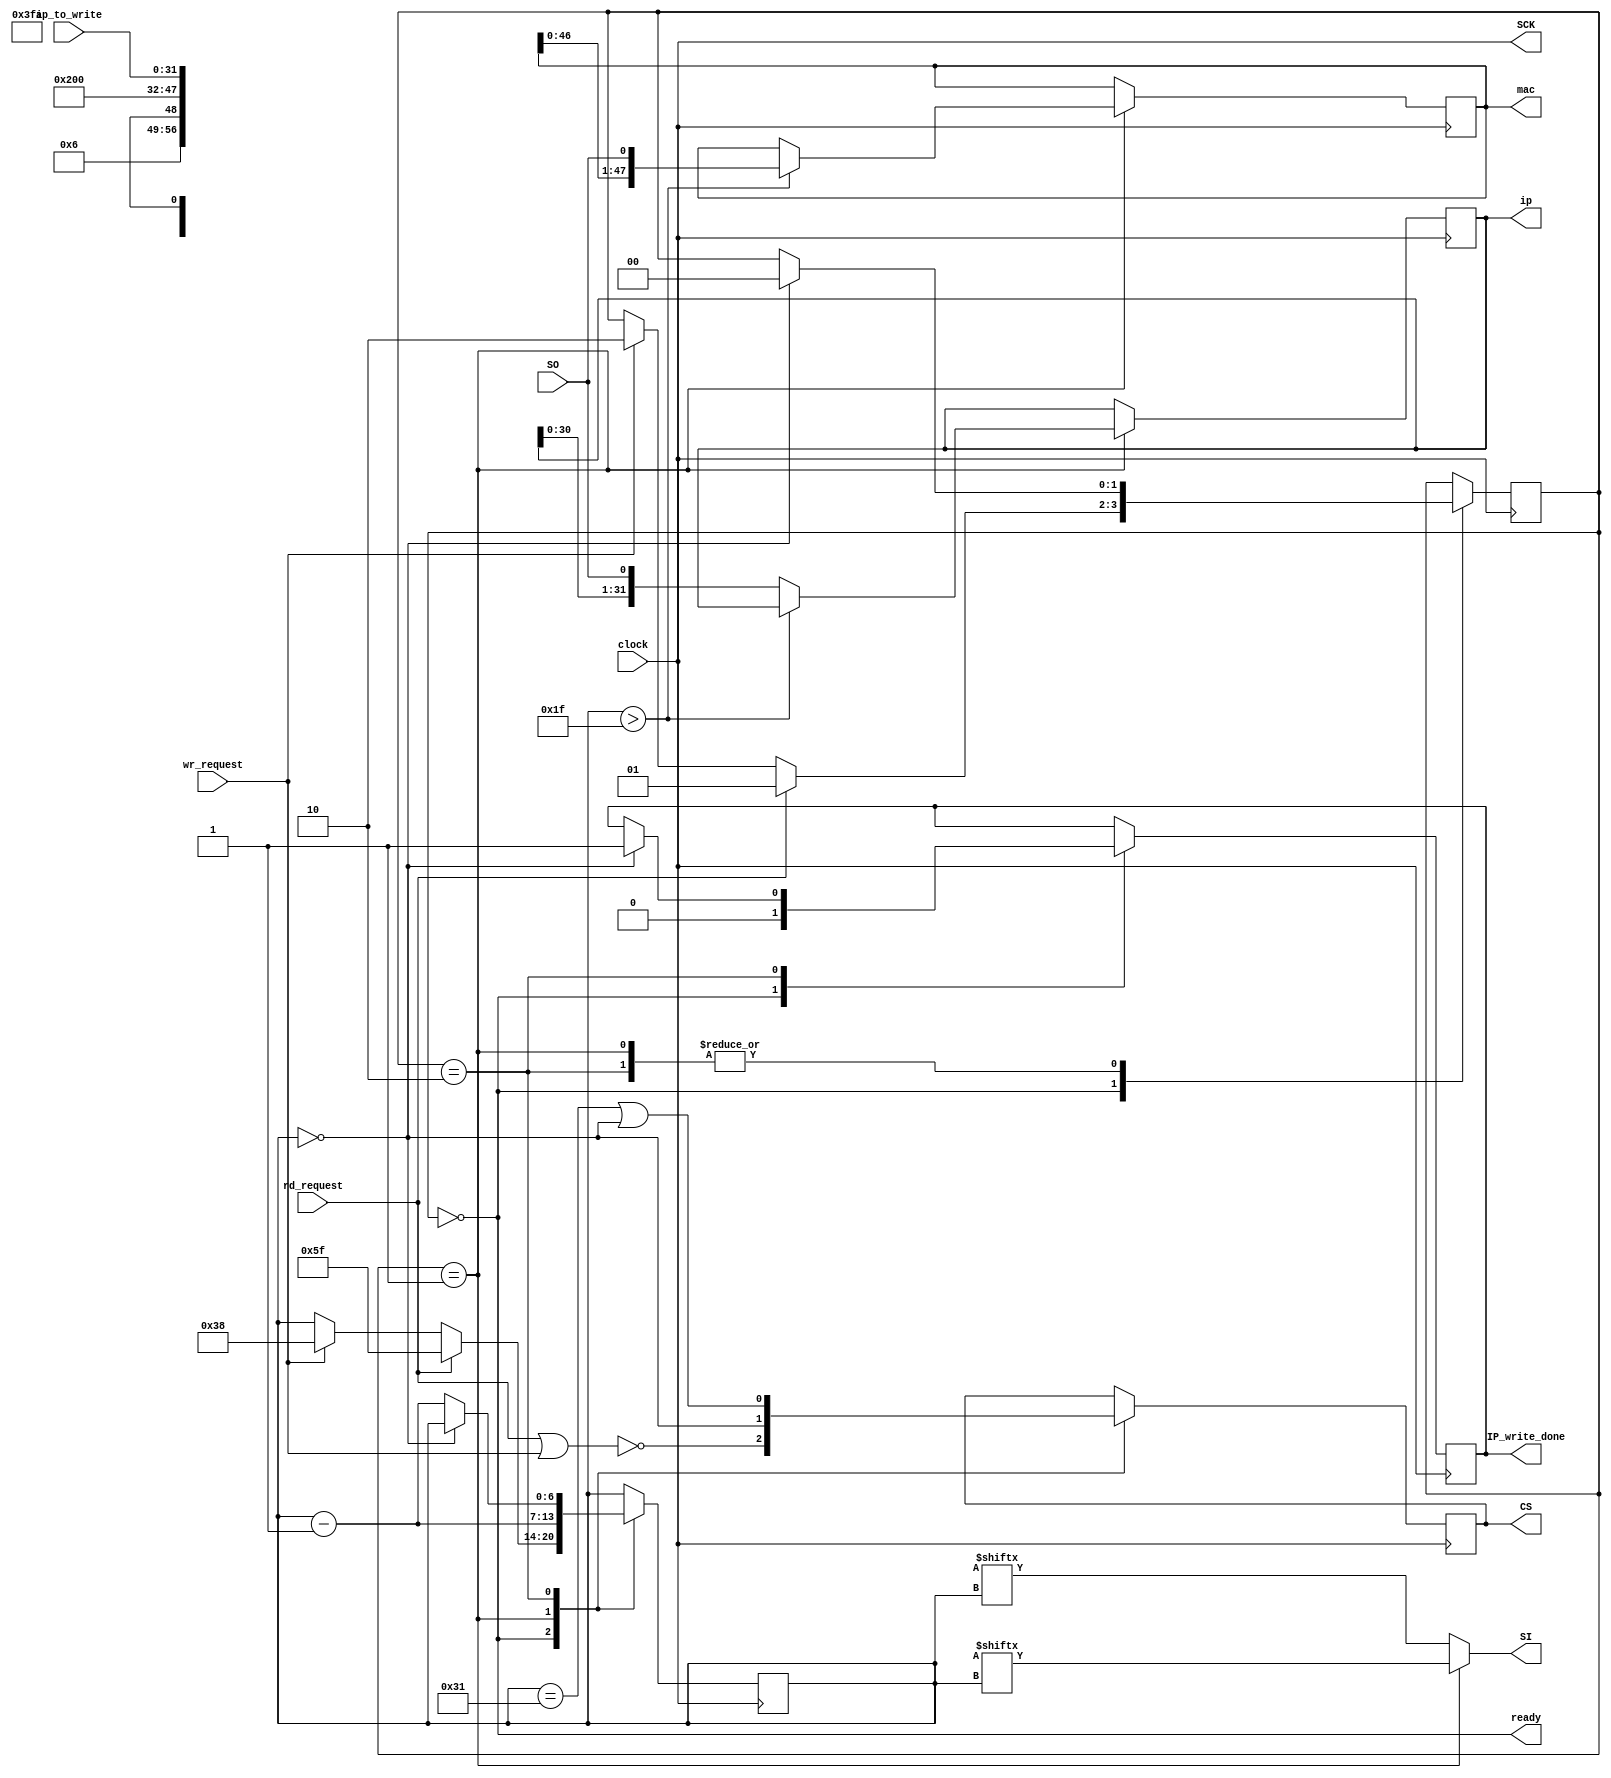
// This program was cloned from: https://github.com/n1gp/Anvelina_PROIII
// License: GNU General Public License v3.0

//
//  HPSDR - High Performance Software Defined Radio
//
//  Metis code. 
//
//  This program is free software; you can redistribute it and/or modify
//  it under the terms of the GNU General Public License as published by
//  the Free Software Foundation; either version 2 of the License, or
//  (at your option) any later version.
//
//  This program is distributed in the hope that it will be useful,
//  but WITHOUT ANY WARRANTY; without even the implied warranty of
//  MERCHANTABILITY or FITNESS FOR A PARTICULAR PURPOSE.  See the
//  GNU General Public License for more details.
//
//  You should have received a copy of the GNU General Public License
//  along with this program; if not, write to the Free Software
//  Foundation, Inc., 59 Temple Place, Suite 330, Boston, MA  02111-1307  USA


//  Metis code copyright 2010, 2011, 2012, 2013 Alex Shovkoplyas, VE3NEA.


//-----------------------------------------------------------------------------
// read static ip and mac from eeprom, write static ip 
//-----------------------------------------------------------------------------
module eeprom (
  //control
  input clock,
  input rd_request,
  input wr_request,
  output ready,
  
  //data
  output reg [47:0] mac,
  output reg [31:0] ip,
  output reg IP_write_done,
  input [31:0] ip_to_write,
  
  //hardware pins
  output SCK,                  
  output SI,                   
  input  SO,                   
  output reg CS
);






//-----------------------------------------------------------------------------
//                      read and write bit sequences
//-----------------------------------------------------------------------------
localparam READ_CMD = 8'h03, WREN_CMD = 8'h06,  WRITE_CMD = 8'h02;
localparam IP_START_ADDR = 8'h00, MAC_START_ADDR = 8'hFA;

localparam HI_RD_BIT = 7'd95, HI_WR_BIT = 7'd56;
wire [HI_RD_BIT:0] rd_bits = {READ_CMD, MAC_START_ADDR, 80'bx};
wire [HI_WR_BIT:0] wr_bits = {WREN_CMD, 1'bx, WRITE_CMD, IP_START_ADDR, ip_to_write};
reg  [6:0] bit_no;  






//-----------------------------------------------------------------------------
//                             state machine
//-----------------------------------------------------------------------------
localparam ST_IDLE = 2'd0, ST_READING = 2'd1, ST_WRITING = 2'd2;  
reg[1:0] state = ST_IDLE; 


always @(negedge clock)  
  case (state)
    ST_IDLE:
      begin 
		IP_write_done <= 1'b0;	
      CS <= !(rd_request | wr_request);
      if (rd_request) begin bit_no <= HI_RD_BIT; state <= ST_READING; end
      else if (wr_request) begin bit_no <= HI_WR_BIT; state <= ST_WRITING; end
      end
        
    ST_READING:
      begin
      CS <= bit_no == 0; 
      if (bit_no == 0) state <= ST_IDLE;
      bit_no <= bit_no - 7'b1;
      end
      
    ST_WRITING:
      begin
      CS <= (bit_no == 49) || (bit_no == 0); 
      if (bit_no == 0) begin
			IP_write_done <= 1'b1;						// this will cause FPGA to reset so no need to clear 
			state <= ST_IDLE;
		end
      else bit_no <= bit_no - 7'b1;
      end
  endcase   

  
//shift in read data
always @(posedge clock)  
  if (state == ST_READING)
    if (bit_no > 31) mac <= {mac[46:0], SO};
    else ip <= {ip[30:0], SO}; 
    




    
//-----------------------------------------------------------------------------
//                                 output    
//-----------------------------------------------------------------------------
assign SCK = clock;
assign SI = (state == ST_READING) ? rd_bits[bit_no] : wr_bits[bit_no];
assign ready = (state == ST_IDLE);



endmodule